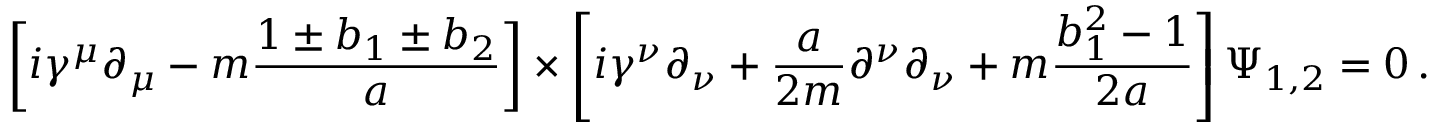
\left[ i \gamma ^ { \mu } \partial _ { \mu } - m { \frac { 1 \pm b _ { 1 } \pm b _ { 2 } } { a } } \right] \times \left[ i \gamma ^ { \nu } \partial _ { \nu } + { \frac { a } { 2 m } } \partial ^ { \nu } \partial _ { \nu } + m { \frac { b _ { 1 } ^ { 2 } - 1 } { 2 a } } \right] \Psi _ { 1 , 2 } = 0 \, .